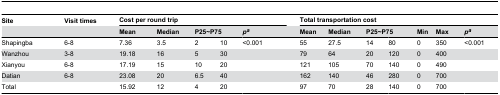
<table><thead><tr><td><b>Site</b></td><td><b>Visit times</b></td><td colspan="5"><b>Cost per round trip</b></td><td></td><td colspan="7"><b>Total transportation cost</b></td></tr><tr><td></td><td></td><td><b>Mean</b></td><td><b>Median</b></td><td colspan="2"><b>P25~P75</b></td><td><b><i>p</i><sup><i>a</i></sup></b></td><td></td><td><b>Mean</b></td><td><b>Median</b></td><td colspan="2"><b>P25~P75</b></td><td><b>Min</b></td><td><b>Max</b></td><td><b><i>p<sup>a</sup></i></b></td></tr></thead><tbody><tr><td>Shapingba</td><td>6-8</td><td>7.36</td><td>3.5</td><td>2</td><td>10</td><td>&lt;0.001</td><td></td><td>55</td><td>27.5</td><td>14</td><td>80</td><td>0</td><td>350</td><td>&lt;0.001</td></tr><tr><td>Wanzhou</td><td>3-8</td><td>19.18</td><td>16</td><td>5</td><td>30</td><td></td><td></td><td>79</td><td>64</td><td>20</td><td>120</td><td>0</td><td>400</td><td></td></tr><tr><td>Xianyou</td><td>6-8</td><td>17.19</td><td>15</td><td>10</td><td>20</td><td></td><td></td><td>121</td><td>105</td><td>70</td><td>140</td><td>0</td><td>490</td><td></td></tr><tr><td>Datian</td><td>6-8</td><td>23.08</td><td>20</td><td>6.5</td><td>40</td><td></td><td></td><td>162</td><td>140</td><td>46</td><td>280</td><td>0</td><td>700</td><td></td></tr><tr><td>Total</td><td></td><td>15.92</td><td>12</td><td>4</td><td>20</td><td></td><td></td><td>97</td><td>70</td><td>28</td><td>140</td><td>0</td><td>700</td><td></td></tr></tbody></table>